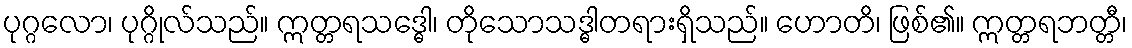
ပုဂ္ဂလော၊ ပုဂ္ဂိုလ်သည်။ ဣတ္တရသဒ္ဓေါ၊ တိုသောသဒ္ဓါတရားရှိသည်။ ဟောတိ၊ ဖြစ်၏။ ဣတ္တရဘတ္တီ၊